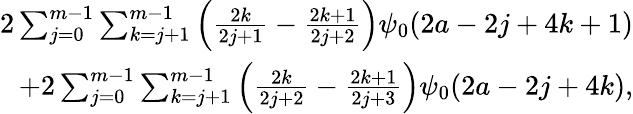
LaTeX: \begin{array}{r}{2\sum_{j=0}^{m-1}\sum_{k=j+1}^{m-1}\left(\frac{2k}{2j+1}-\frac{2k+1}{2j+2}\right)\psi_{0}(2a-2j+4k+1)}\\ {+2\sum_{j=0}^{m-1}\sum_{k=j+1}^{m-1}\left(\frac{2k}{2j+2}-\frac{2k+1}{2j+3}\right)\psi_{0}(2a-2j+4k),}\end{array}